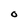
Character: O